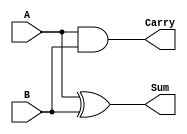
module HalfAdder (
    input wire A,
    input wire B,
    output wire Sum,
    output wire Carry
);
    assign Sum = A ^ B;    // Sum output: A XOR B
    assign Carry = A & B;  // Carry output: A AND B
endmodule